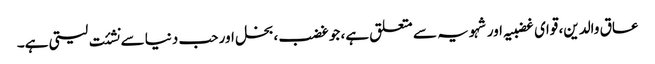
عاق والدین، قوای غضبیہ اور شہویہ سے متعلق ہے، جو غضب، بخل اور حب دنیا سے نشئت لیتی ہے۔